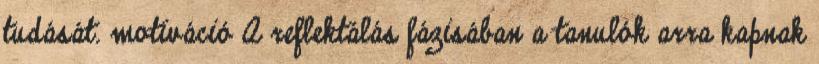
tudását. motiváció A reflektálás fázisában a tanulók arra kapnak